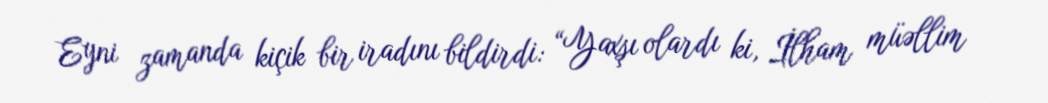
Eyni zamanda kiçik bir iradını bildirdi: “Yaxşı olardı ki, İlham müəllim